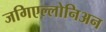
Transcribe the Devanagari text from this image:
जगिएल्लोनिअन